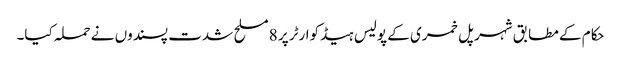
حکام کے مطابق شہر پل خمری کے پولیس ہیڈکوارٹر پر 8 مسلح شدت پسندوں نے حملہ کیا۔